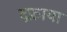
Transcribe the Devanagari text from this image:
दफ्नाया